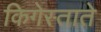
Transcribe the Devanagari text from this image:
किगेस्ताते